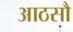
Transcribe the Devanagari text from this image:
आठसौ